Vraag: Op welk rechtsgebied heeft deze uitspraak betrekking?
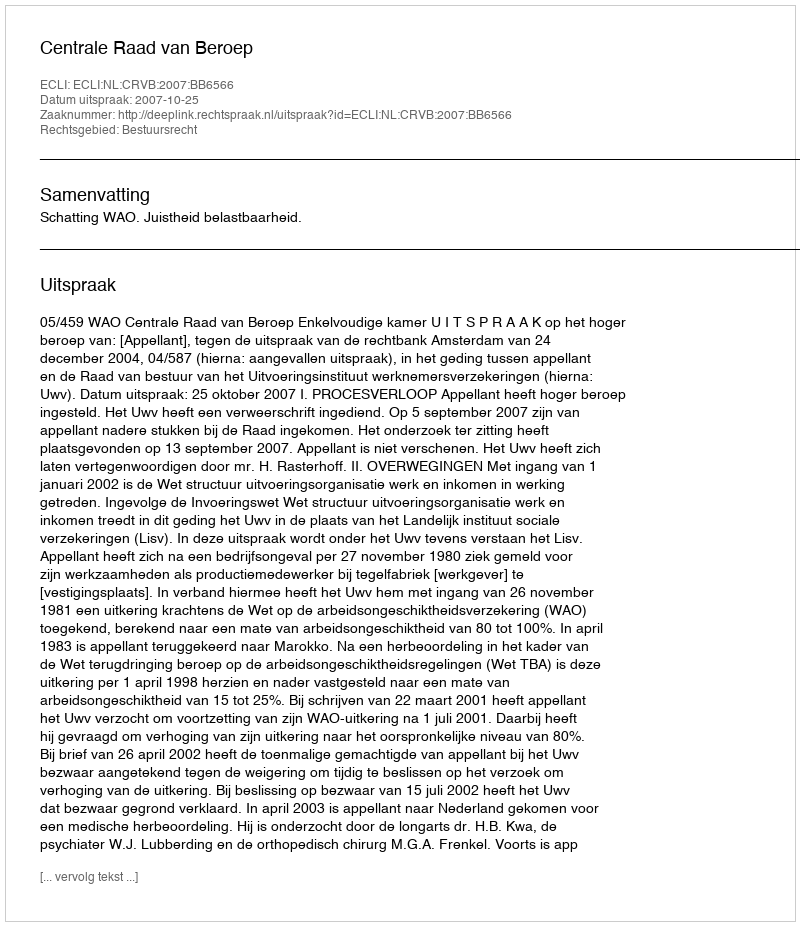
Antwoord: Bestuursrecht